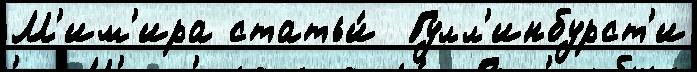
М'им'ира статьи́  Гулл'инбурст'и